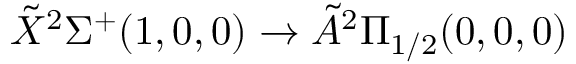
\Tilde { X } ^ { 2 } \Sigma ^ { + } ( 1 , 0 , 0 ) \rightarrow \Tilde { A } ^ { 2 } \Pi _ { 1 / 2 } ( 0 , 0 , 0 )